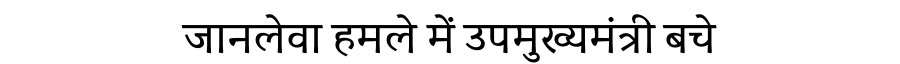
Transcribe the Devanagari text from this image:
जानलेवा हमले में उपमुख्यमंत्री बचे